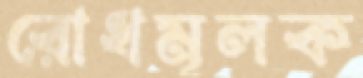
রোধমূলক